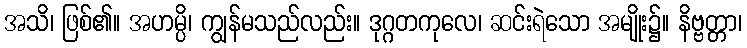
အသိ၊ ဖြစ်၏။ အဟမ္ပိ၊ ကျွန်မသည်လည်း။ ဒုဂ္ဂတကုလေ၊ ဆင်းရဲသော အမျိုး၌။ နိဗ္ဗတ္တာ၊